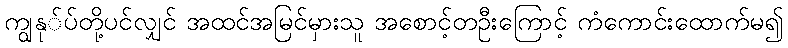
ကျွနု်ပ်တို့ပင်လျှင် အထင်အမြင်မှားသူ အစောင့်တဦးကြောင့် ကံကောင်းထောက်မ၍